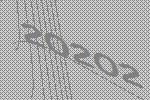
20202